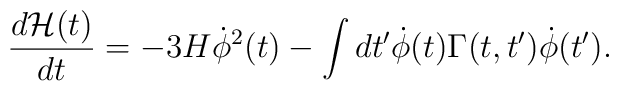
\frac{d{\cal H}(t)}{dt}= -3H{\dot \phi}^2(t) -\int dt' {\dot \phi}(t) \Gamma(t,t') {\dot \phi}(t').